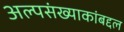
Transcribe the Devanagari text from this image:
अल्पसंख्याकांबद्दल